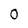
Character: 0